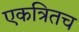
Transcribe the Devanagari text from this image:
एकत्रितच